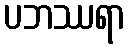
ပဘဿရာ